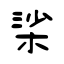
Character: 桬